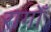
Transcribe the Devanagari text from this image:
रागोँ